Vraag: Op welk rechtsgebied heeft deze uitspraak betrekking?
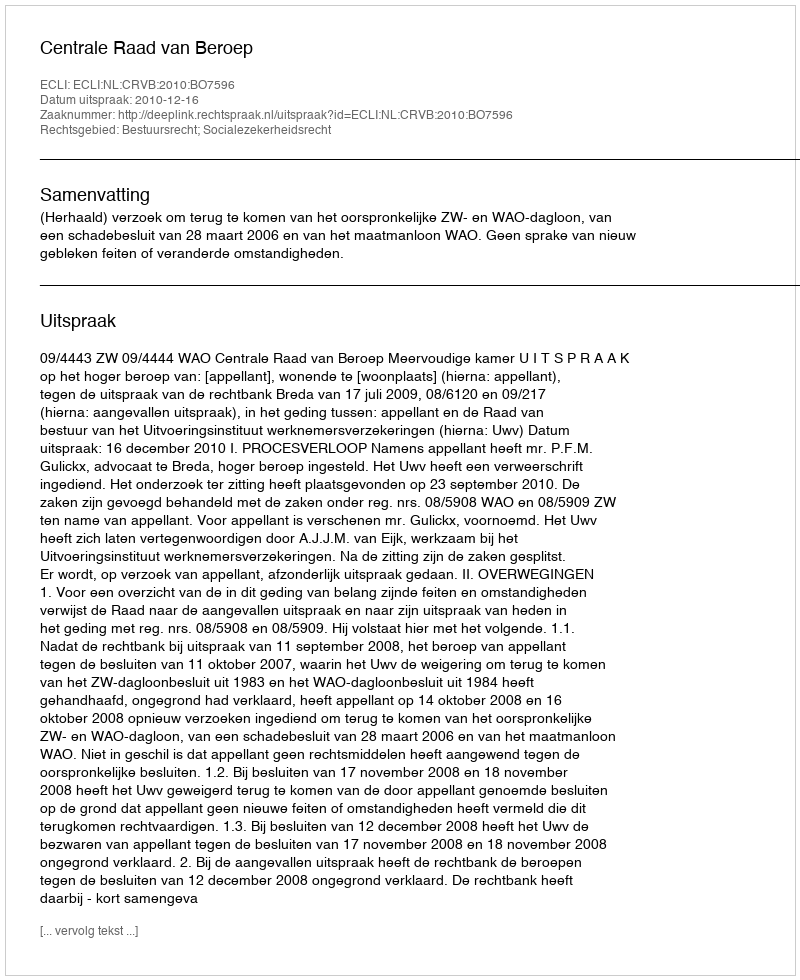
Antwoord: Bestuursrecht; Socialezekerheidsrecht